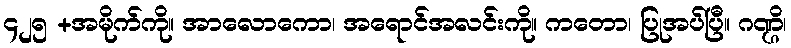
၄၂၅ +အမိုက်ကို။ အာလောကော၊ အရောင်အလင်းကို။ ကတော၊ ပြုအပ်ပြီ။ ဂဏ္ဌိ၊